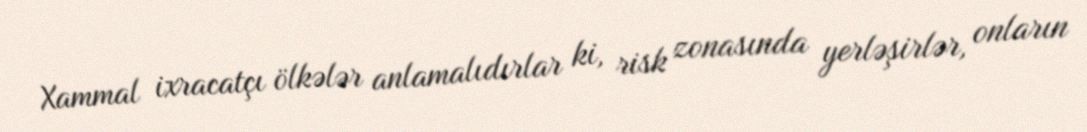
Xammal ixracatçı ölkələr anlamalıdırlar ki, risk zonasında yerləşirlər, onların